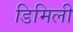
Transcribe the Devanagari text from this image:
डिमिली